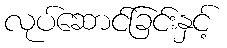
လုပ်ဆောင်ခြင်းနှင့်